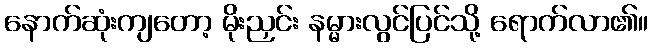
နောက်ဆုံးကျတော့ မိုးညှင်း နမ္မားလွင်ပြင်သို့ ရောက်လာ၏။